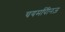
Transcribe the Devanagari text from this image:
चयमपीिनज़